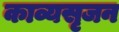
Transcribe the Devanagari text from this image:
काव्यसृजन